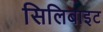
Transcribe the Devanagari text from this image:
सिलिबाइट